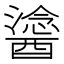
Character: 𨢯